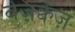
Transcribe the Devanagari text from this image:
वेज़क्वेज़